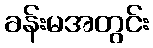
ခန်းမအတွင်း